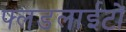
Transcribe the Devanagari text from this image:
फ्लडलाईटों